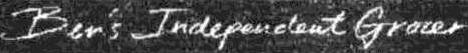
BEN'S INDEPENDENT GROCER